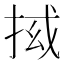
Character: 𭠵